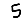
Digit: 5